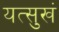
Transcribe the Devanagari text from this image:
यत्सुखं